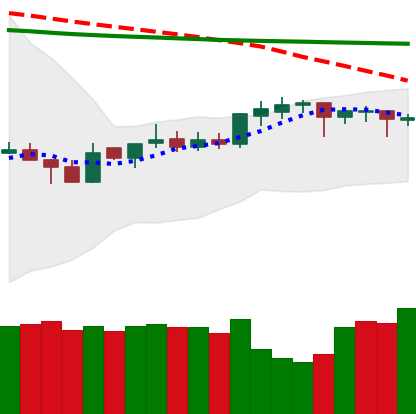
Ticker: DOGE-USD
Chart end date: 2020-04-14
Forward return: 4.786%
Label: up_3_5